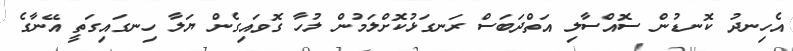
އެހިނދު ކޮނޑުން ސޮއްސާލި އަތްދަބަސް ރަނގަޅުކޮށްލަމުން ލުހާ ގޮވައިގެން ޔަލާ ހިނގައިގަތީ އޭނާގެ